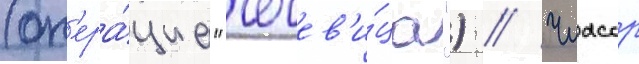
(оп'ера́циа "чечев'и́ца") // Чиасср